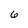
Character: 6